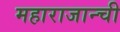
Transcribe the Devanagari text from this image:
महाराजान्ची